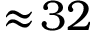
\approx \! 3 2